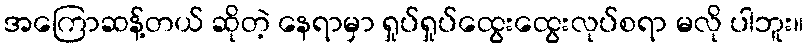
အကြောဆန့်တယ် ဆိုတဲ့ နေရာမှာ ရှုပ်ရှုပ်ထွေးထွေးလုပ်စရာ မလို ပါဘူး။